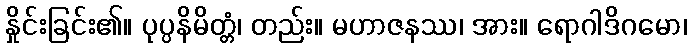
နှိုင်းခြင်း၏။ ပုပ္ပနိမိတ္တံ၊ တည်း။ မဟာဇနဿ၊ အား။ ရောဂါဒိဂမော၊